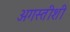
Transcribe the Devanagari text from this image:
अगस्तीशी